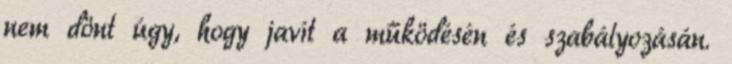
nem dönt úgy, hogy javít a működésén és szabályozásán.